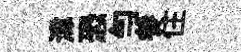
湋恐勻参住